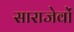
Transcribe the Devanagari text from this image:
साराजेवों